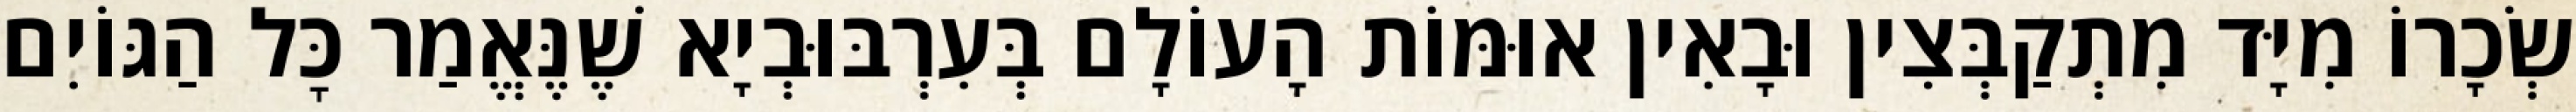
שְׂכָרוֹ מִיָּד מִתְקַבְּצִין וּבָאִין אוּמּוֹת הָעוֹלָם בְּעִרְבּוּבְיָא שֶׁנֶּאֱמַר כׇּל הַגּוֹיִם